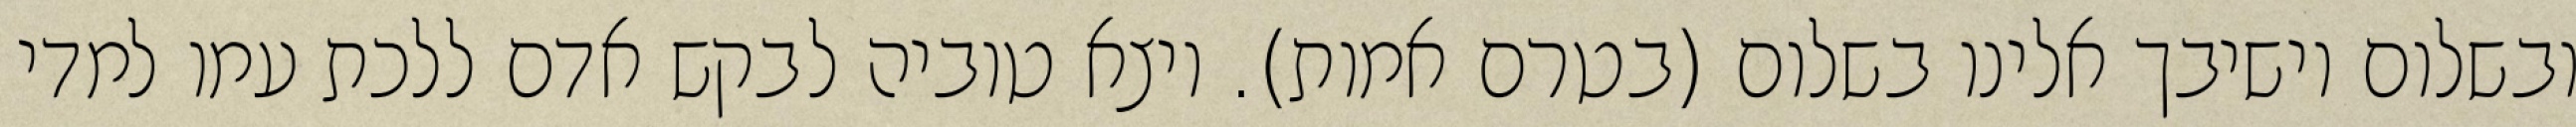
ובשלום וישיבך אלינו בשלום (בטרם אמות). ויצא טוביה לבקש אדם ללכת עמו למדי